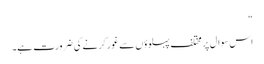
“
اس سوال پر مختلف پہلوؤں سے غور کرنے کی ضرورت ہے۔